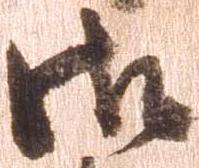
御